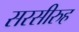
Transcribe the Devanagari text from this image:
सरसीरुह